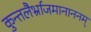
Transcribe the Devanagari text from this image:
कुन्तलैर्भ्राजमानाननम्